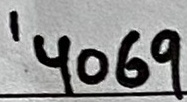
Text: '4069